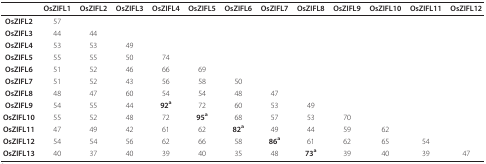
<table><thead><tr><td></td><td><b>OsZIFL1</b></td><td><b>OsZIFL2</b></td><td><b>OsZIFL3</b></td><td><b>OsZIFL4</b></td><td><b>OsZIFL5</b></td><td><b>OsZIFL6</b></td><td><b>OsZIFL7</b></td><td><b>OsZIFL8</b></td><td><b>OsZIFL9</b></td><td><b>OsZIFL10</b></td><td><b>OsZIFL11</b></td><td><b>OsZIFL12</b></td></tr></thead><tbody><tr><td><b>OsZIFL2</b></td><td>57</td><td></td><td></td><td></td><td></td><td></td><td></td><td></td><td></td><td></td><td></td><td></td></tr><tr><td><b>OsZIFL3</b></td><td>44</td><td>44</td><td></td><td></td><td></td><td></td><td></td><td></td><td></td><td></td><td></td><td></td></tr><tr><td><b>OsZIFL4</b></td><td>53</td><td>53</td><td>49</td><td></td><td></td><td></td><td></td><td></td><td></td><td></td><td></td><td></td></tr><tr><td><b>OsZIFL5</b></td><td>55</td><td>55</td><td>50</td><td>74</td><td></td><td></td><td></td><td></td><td></td><td></td><td></td><td></td></tr><tr><td><b>OsZIFL6</b></td><td>51</td><td>52</td><td>46</td><td>66</td><td>69</td><td></td><td></td><td></td><td></td><td></td><td></td><td></td></tr><tr><td><b>OsZIFL7</b></td><td>51</td><td>52</td><td>43</td><td>56</td><td>58</td><td>50</td><td></td><td></td><td></td><td></td><td></td><td></td></tr><tr><td><b>OsZIFL8</b></td><td>48</td><td>47</td><td>60</td><td>54</td><td>54</td><td>48</td><td>47</td><td></td><td></td><td></td><td></td><td></td></tr><tr><td><b>OsZIFL9</b></td><td>54</td><td>55</td><td>44</td><td><b>92</b><sup><b>a</b></sup></td><td>72</td><td>60</td><td>53</td><td>49</td><td></td><td></td><td></td><td></td></tr><tr><td><b>OsZIFL10</b></td><td>55</td><td>52</td><td>48</td><td>72</td><td><b>95</b><sup><b>a</b></sup></td><td>68</td><td>57</td><td>53</td><td>70</td><td></td><td></td><td></td></tr><tr><td><b>OsZIFL11</b></td><td>47</td><td>49</td><td>42</td><td>61</td><td>62</td><td><b>82</b><sup><b>a</b></sup></td><td>49</td><td>44</td><td>59</td><td>62</td><td></td><td></td></tr><tr><td><b>OsZIFL12</b></td><td>54</td><td>54</td><td>56</td><td>62</td><td>66</td><td>58</td><td><b>86</b><sup><b>a</b></sup></td><td>61</td><td>62</td><td>65</td><td>54</td><td></td></tr><tr><td><b>OsZIFL13</b></td><td>40</td><td>37</td><td>40</td><td>39</td><td>40</td><td>35</td><td>48</td><td><b>73</b><sup><b>a</b></sup></td><td>39</td><td>40</td><td>39</td><td>47</td></tr></tbody></table>